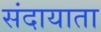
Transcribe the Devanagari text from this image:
संदायाता